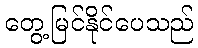
တွေ့မြင်နိုင်ပေသည်